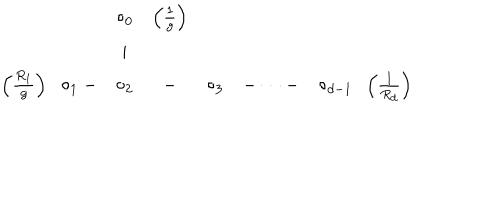
LaTeX: \begin{array} { c c c c c c c } { { } } & { { \circ _ { 0 } } } & { { \left( \frac { 1 } { g } \right) } } & { { } } & { { } } & { { } } & { { } } \\ { { } } & { { \mid } } & { { } } & { { } } & { { } } & { { } } & { { } } \\ { { \left( \frac { R _ { 1 } } { g } \right) \; \; \circ _ { 1 } - } } & { { \circ _ { 2 } } } & { { - } } & { { \circ _ { 3 } } } & { { - \dots - } } & { { \circ _ { d - 1 } \; \; \left( \frac { 1 } { R _ { d } } \right) } } \\ \end{array}